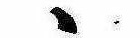
ゝ